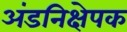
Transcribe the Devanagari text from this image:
अंडनिक्षेपक